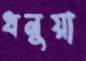
ধনুয়া